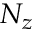
N _ { z }